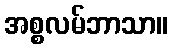
အစ္စလမ်ဘာသာ။